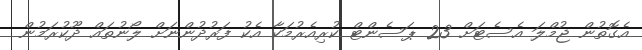
އެގޮތުން ޖުމްލަ އެސެޓަށް 23 ޕަސެންޓް ކުރިއެރުމަކާ އެކު ފަރުދުންނަށް ލޯނުތައް ދޫކުރަމުން